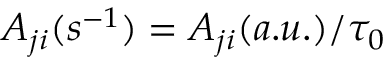
A _ { j i } ( s ^ { - 1 } ) = { A _ { j i } ( a . u . ) / \tau _ { 0 } }